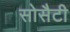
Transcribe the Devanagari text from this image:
सोसैटी